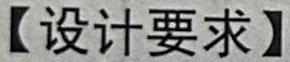
设计要求